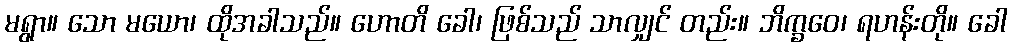
မရွာ။ သော မယော၊ ထိုအခါသည်။ ဟောတိ ခေါ၊ ဖြစ်သည် သာလျှင် တည်း။ ဘိက္ခဝေ၊ ရဟန်းတို။ ခေါ